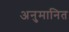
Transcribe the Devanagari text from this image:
अनुमानित